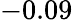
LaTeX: -0.09